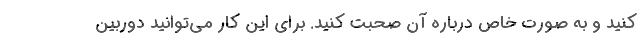
کنید و به صورت خاص درباره آن صحبت کنید. برای این کار می‌توانید دوربین